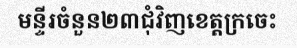
មន្ទីរចំនួន២៣ជុំវិញខេត្តក្រចេះ